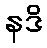
နဒိ